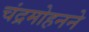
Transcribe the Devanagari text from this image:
चंद्रमोहनने